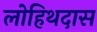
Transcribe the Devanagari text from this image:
लोहिथदास